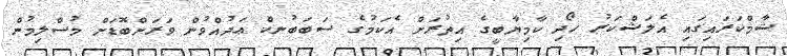
ޝާމްކަރައިގައި އެލަޝްކަރު ހޯދި ކާމިޔާބީގެ އިތުރަށް އެކަމުގެ ސަބަބުނކް ޢަދުއްވުން ވަރަށްބޮޑަށް މުސްލިމުން